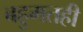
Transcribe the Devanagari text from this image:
बहुमतही